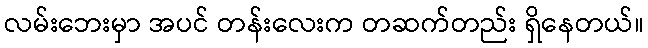
လမ်းဘေးမှာ အပင် တန်းလေးက တဆက်တည်း ရှိနေတယ်။